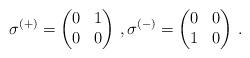
LaTeX: \begin{align*}\sigma ^{(+)} = \left( \begin{matrix}0&1\\ 0&0\end{matrix}\right)\,,\sigma ^{(-)} = \left( \begin{matrix}0&0\\ 1&0\end{matrix}\right)\,.\end{align*}